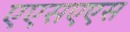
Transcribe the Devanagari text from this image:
एएसएएस